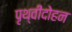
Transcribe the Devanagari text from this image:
पृथ्वीदोहन